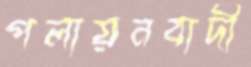
পলায়নবাদী